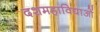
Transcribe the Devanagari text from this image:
दशमहाविद्याओं